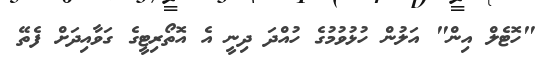
"ހޮޓެލް އިން" އަލުން ހުޅުވުމުގެ ހުއްދަ ދިނީ އެ އޮތޯރިޓީގެ ގަވާއިދަށް ފެތޭ